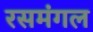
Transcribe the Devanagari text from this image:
रसमंगल